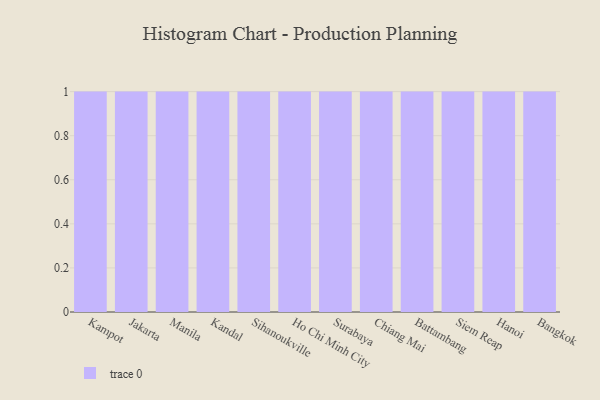
{"axis": {"x": "City", "y": "Production Output"}, "legend": [""], "data": [{"x": "Kampot", "y": 23, "type": ""}, {"x": "Jakarta", "y": 78, "type": ""}, {"x": "Manila", "y": 27, "type": ""}, {"x": "Kandal", "y": 30, "type": ""}, {"x": "Sihanoukville", "y": 51, "type": ""}, {"x": "Ho Chi Minh City", "y": 5, "type": ""}, {"x": "Surabaya", "y": 7, "type": ""}, {"x": "Chiang Mai", "y": 16, "type": ""}, {"x": "Battambang", "y": 4, "type": ""}, {"x": "Siem Reap", "y": 52, "type": ""}, {"x": "Hanoi", "y": 33, "type": ""}, {"x": "Bangkok", "y": 64, "type": ""}]}